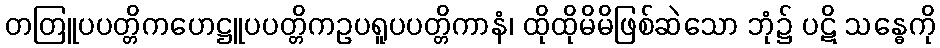
တတြူပပတ္တိကဟေဋ္ဌူပပတ္တိကဥပရူပပတ္တိကာနံ၊ ထိုထိုမိမိဖြစ်ဆဲသော ဘုံ၌ ပဋိ သန္ဓေကို